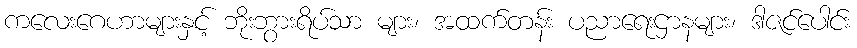
ကလေးဂေဟာများနှင့် ဘိုးဘွားရိပ်သာ များ၊ အထက်တန်း ပညာရေးဌာနများ၊ ဒါဇင်ပေါင်း